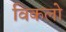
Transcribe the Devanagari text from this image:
विकलो